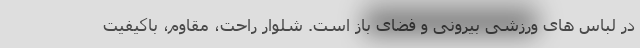
در لباس های ورزشی بیرونی و فضای باز است. شلوار راحت، مقاوم، باکیفیت